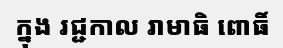
ក្នុង រជ្ជកាល រាមាធិ ពោធិ៍